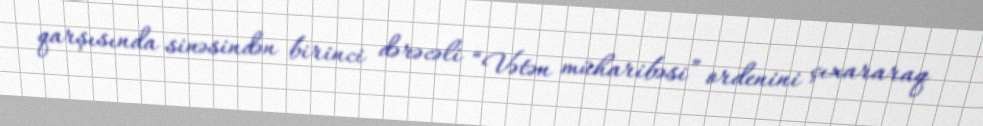
qarşısında sinəsindən birinci dərəcəli “Vətən müharibəsi” ordenini çıxararaq